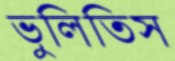
ভুলিতিস